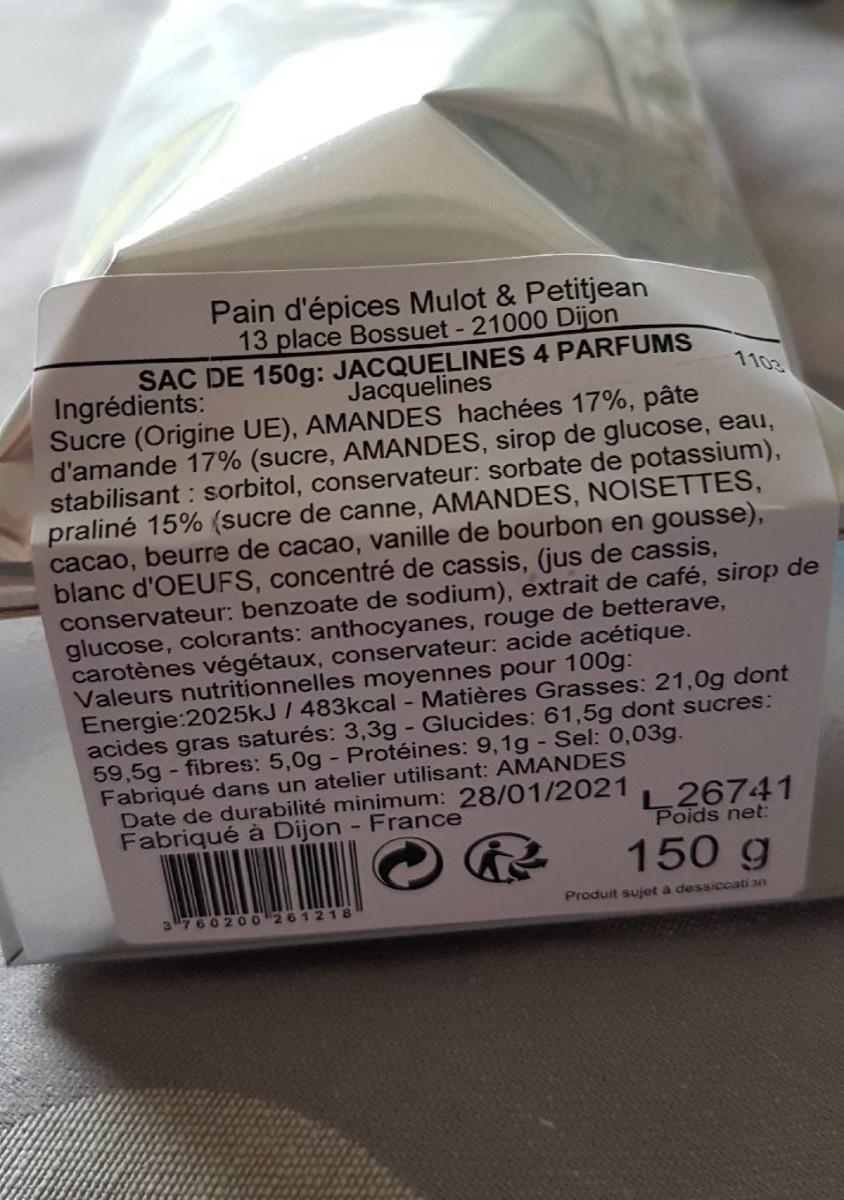
Pain d'épices Mulot & Petitjean 13 place Bossuet - 21000 Dijon SẮC DE 150g: JACQUELINES 4 PARFUMS Jacquelines Sucre (Origine UE), AMANDES hachées 17%, pâte d'amande 17% (sucre, AMANDES, sirop de glucose, eau, stabilisant : sorbitol, conservateur: sorbate de potassium), praliné 15% (sucre de canne, AMANDES, NOISETTES, cacao, beurre de cacao, vanille de bourbon en gousse), blanc d'OEUFS, concentré de cassis, (jus de cassis, conservateur: benzoate de sodium), extrait de café, sirop de glucose, colorants: anthocyanes, rouge de betterave, carotènes végétaux, conservateur: acide acétique. Valeurs nutritionnelles moyennes pour 100g: Energie:2025KJ / 483kcal - Matières Grasses: 21,0g dont acides gras saturés: 3,3g- Glucides: 61,5g dont sucres: 59,5g - fibres: 5,0g - Protéines: 9,1g - Sel: 0,03g. Fabriqué dans un atelier utilisant: AMANDES Date de durabilité minimum: 28/01/2021
1103
Ingrédients:
Fabriqué à Dijon - France
L26741 Poids net:
150 g
3"760200 261218
Produit sujet a dessiccatian